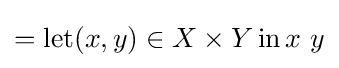
=\operatorname {let} (x,y)\in X\times Y\operatorname {in} x\ y